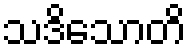
သဒိသောတိ